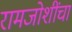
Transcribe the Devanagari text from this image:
रामजोशींचा